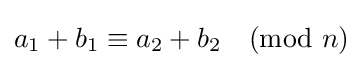
a_{1}+b_{1}\equiv a_{2}+b_{2}{\pmod {n}}